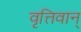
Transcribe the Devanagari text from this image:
वृत्तिवान्